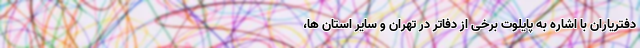
دفتریاران با اشاره به پایلوت برخی از دفاتر در تهران و سایر استان ها،